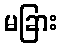
မခြား